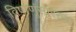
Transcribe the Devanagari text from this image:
विषाणूंसारख्या